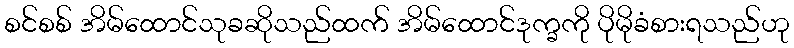
စင်စစ် အိမ်ထောင်သုခဆိုသည်ထက် အိမ်ထောင်ဒုက္ခကို ပိုမိုခံစားရသည်ဟု